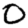
Digit: 0